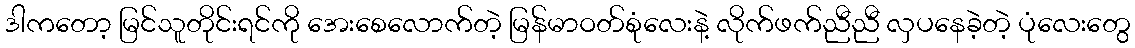
ဒါကတော့ မြင်သူတိုင်းရင်ကို အေးစေလောက်တဲ့ မြန်မာဝတ်စုံလေးနဲ့ လိုက်ဖက်ညီညီ လှပနေခဲ့တဲ့ ပုံလေးတွေ